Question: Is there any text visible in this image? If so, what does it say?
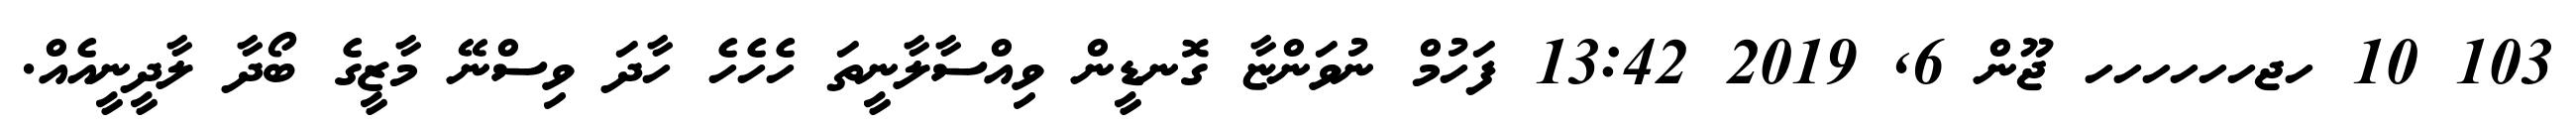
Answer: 103 10 ހޖހހހހހހ ޖޫން 6, 2019 13:42 ފަހުމް ނުވަންޏާ ގޮނޑީން ވިއްސާލާނީތަ ހެހެހެ ހާދަ ވިސްނޭ މާޒީގެ ބޯދާ ލާދީނީއެއް.